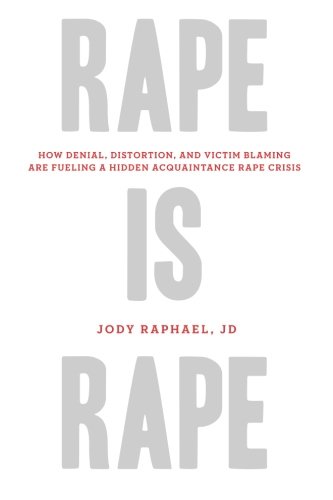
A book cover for Rape Is Rape: How Denial, Distortion, and Victim Blaming Are Fueling a Hidden Acquaintance Rape Crisis; Jody Raphael JD; Politics & Social Sciences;